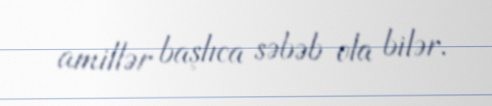
amillər başlıca səbəb ola bilər.